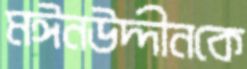
মঈনউদ্দীনকে